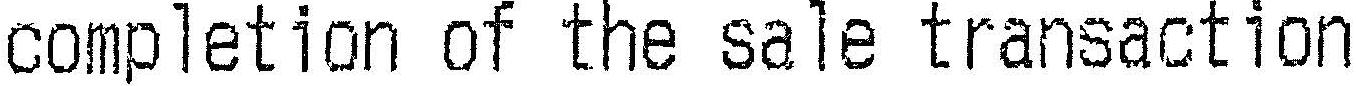
COMPLETION OF THE SALE TRANSACTION